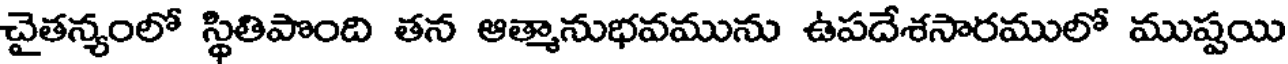
చైతన్యంలో స్థితిపొంది తన ఆత్మానుభవమును ఉపదేశసారములో ముష్టయి